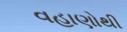
વહાણોથી